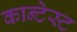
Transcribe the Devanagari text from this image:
कान्टेस्ट